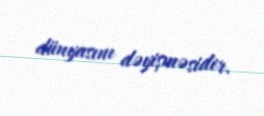
dünyasını dəyişməsidir.